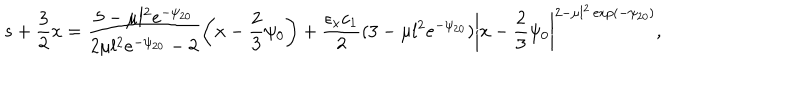
s + \frac { 3 } { 2 } x = \frac { 5 - \mu l ^ { 2 } e ^ { - \psi _ { 2 0 } } } { 2 \mu l ^ { 2 } e ^ { - \psi _ { 2 0 } } - 2 } \left( x - \frac { 2 } { 3 } \psi _ { 0 } \right) + \frac { \epsilon _ { x } c _ { 1 } } { 2 } ( 3 - \mu l ^ { 2 } e ^ { - \psi _ { 2 0 } } ) \left| x - \frac { 2 } { 3 } \psi _ { 0 } \right| ^ { 2 - \mu l ^ { 2 } \exp ( - \psi _ { 2 0 } ) } ,